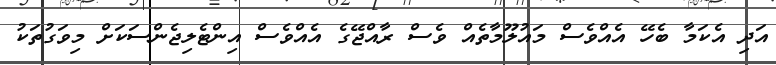
އަދި އެކަމާ ބެހޭ އެއްވެސް މައުލޫމާތެއް ވެސް ރާއްޖޭގެ އެއްވެސް އިންޓެލިޖެންސަކަށް މިވަގުތަކު